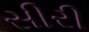
સીરી